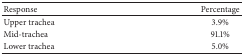
<table><thead><tr><td><b> Response</b></td><td><b>Percentage</b></td></tr></thead><tbody><tr><td>Upper trachea </td><td>3.9%</td></tr><tr><td>Mid-trachea </td><td>91.1%</td></tr><tr><td>Lower trachea </td><td>5.0%</td></tr></tbody></table>